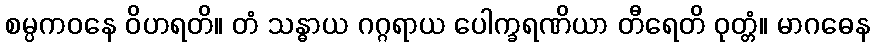
စမ္ပကဝနေ ဝိဟရတိ။ တံ သန္ဓာယ ဂဂ္ဂရာယ ပေါက္ခရဏိယာ တီရေတိ ဝုတ္တံ။ မာဂဓေန